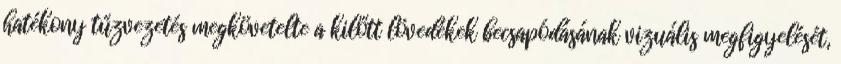
hatékony tűzvezetés megkövetelte a kilőtt lövedékek becsapódásának vizuális megfigyelését,